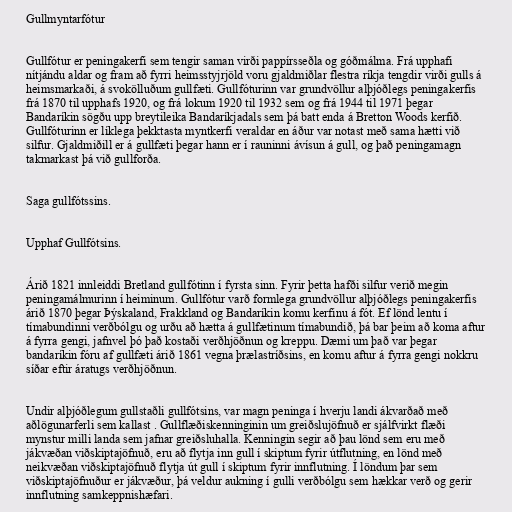
Gullmyntarfótur

Gullfótur er peningakerfi sem tengir saman virði pappírsseðla og góðmálma. Frá upphafi
nítjándu aldar og fram að fyrri heimsstyjrjöld voru gjaldmiðlar flestra ríkja tengdir virði gulls á
heimsmarkaði, á svokölluðum gullfæti. Gullfóturinn var grundvöllur alþjóðlegs peningakerfis
frá 1870 til upphafs 1920, og frá lokum 1920 til 1932 sem og frá 1944 til 1971 þegar
Bandaríkin sögðu upp breytileika Bandaríkjadals sem þá batt enda á Bretton Woods kerfið.
Gullfóturinn er líklega þekktasta myntkerfi veraldar en áður var notast með sama hætti við
silfur. Gjaldmiðill er á gullfæti þegar hann er í rauninni ávísun á gull, og það peningamagn
takmarkast þá við gullforða.

Saga gullfótssins.

Upphaf Gullfótsins.

Árið 1821 innleiddi Bretland gullfótinn í fyrsta sinn. Fyrir þetta hafði silfur verið megin
peningamálmurinn í heiminum. Gullfótur varð formlega grundvöllur alþjóðlegs peningakerfis
árið 1870 þegar Þýskaland, Frakkland og Bandaríkin komu kerfinu á fót. Ef lönd lentu í
tímabundinni verðbólgu og urðu að hætta á gullfætinum tímabundið, þá bar þeim að koma aftur
á fyrra gengi, jafnvel þó það kostaði verðhjöðnun og kreppu. Dæmi um það var þegar
bandaríkin fóru af gullfæti árið 1861 vegna þrælastríðsins, en komu aftur á fyrra gengi nokkru
síðar eftir áratugs verðhjöðnun.

Undir alþjóðlegum gullstaðli gullfótsins, var magn peninga í hverju landi ákvarðað með
aðlögunarferli sem kallast . Gullflæðiskenninginin um greiðslujöfnuð er sjálfvirkt flæði
mynstur milli landa sem jafnar greiðsluhalla. Kenningin segir að þau lönd sem eru með
jákvæðan viðskiptajöfnuð, eru að flytja inn gull í skiptum fyrir útflutning, en lönd með
neikvæðan viðskiptajöfnuð flytja út gull í skiptum fyrir innflutning. Í löndum þar sem
viðskiptajöfnuður er jákvæður, þá veldur aukning í gulli verðbólgu sem hækkar verð og gerir
innflutning samkeppnishæfari.